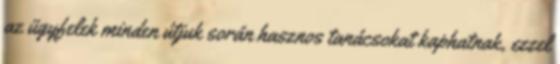
az ügyfelek minden útjuk során hasznos tanácsokat kaphatnak, ezzel